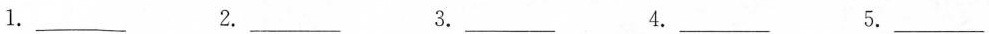
1.___ 2.___ 3.___ 4.___ 5.___